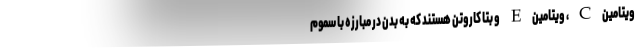
ویتامین C، ویتامین E و بتا کاروتن هستند که به بدن در مبارزه با سموم